[Report on the health of British troops in the Madras command]
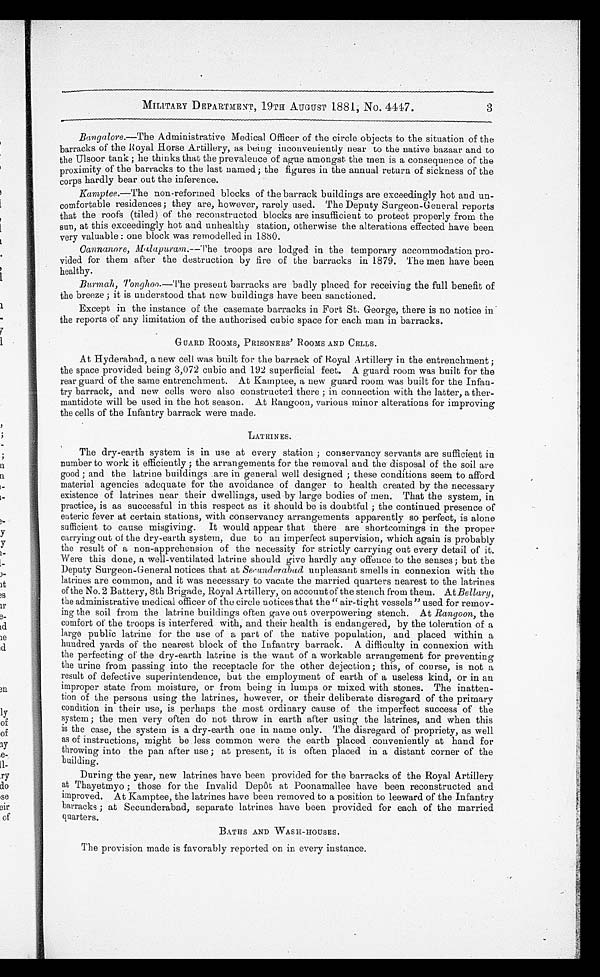
MILITARY DEPARTMENT, 19TH AUGUST 1881, No. 4447.
3
Bangalore. —The Administrative Medical Officer of the circle objects to the situation of the
barracks of the Royal Horse Artillery, as being inconveniently near to the native bazaar and to
the Ulsoor tank ; he thinks that the prevalence of ague amongst the men is a consequence of the
proximity of the barracks to the last named ; the figures in the annual return of sickness of the
corps hardly bear out the inference.
Kamptee. —The non-reformed blocks of the barrack buildings are exceedingly hot and un
-comfortable residences ; they are, however, rarely used. The Deputy Surgeon-General reports
that the roofs (tiled) of the reconstructed blocks are insufficient to protect properly from the
sun, at this exceedingly hot and unhealthy station, otherwise the alterations effected have been
very valuable : one block was remodelled in 1880.
Cannanore, Malaparam. —The troops are lodged in the temporary accommodation pro
-vided for them after the destruction by fire of the barracks in 1879. The men have been
healthy.
Burmah, Tonghoo.— T h e
p r e s e n t b a r r a c k s a r e b a d l y p l a c e d f o r r e c e i v i n g t h e f u l l b e n e f i t o f
the breeze ; it is understood that new buildings have been sanctioned.
Except in the instance of the casemate barracks in Fort St. George, there is no notice in
the reports of any limitation of the authorised cubic space for each man in barracks.
GUARD ROOMS, PRISONERS’ ROOMS AND CELLS.
At Hyderabad, a new cell was built for the barrack of Royal Artillery in the entrenchment ;
the space provided being 3,072 cubic and 192 superficial feet. A guard room was built for the
rear guard of the same entrenchment. At Kamptee, a new guard room was built for the Infan
-try barrack, and new cells were also constructed there ; in connection with the latter, a ther
-mantidote will be used in the hot season. At Rangoon, various minor alterations for improving
the cells of the Infantry barrack were made.
LATRINES.
The dry-earth system is in use at every station ; conservancy servants are sufficient in
number to work it efficiently ; the arrangements for the removal and the disposal of the soil are
good ; and the latrine buildings are in general well designed ; these conditions seem to afford
material agencies adequate for the avoidance of danger to health created by the necessary
existence of latrines near their dwellings, used by large bodies of men. That the system, in
practice, is as successful in this respect as it should be is doubtful ; the continued presence of
enteric fever at certain stations, with conservancy arrangements apparently so perfect, is alone
sufficient to cause misgiving. It would appear that there are shortcomings in the proper
carrying out of the dry-earth system, due to au imperfect supervision, which again is probably
the result of a non-apprehension of the necessity for strictly carrying out every detail of it.
Were this done, a well-ventilated latrine should give hardly any offence to the senses; but the
Deputy Surgeon-General notices that at Secunderabad unpleasant smells in connexion with the
latrines are common, and it was necessary to vacate the married quarters nearest to the latrines
of the No. 2 Battery, 8th Brigade, Royal Artillery, on account of the stench from them. At Bellary,
the administrative medical officer of the circle notices that the “ air-tight vessels ” used for remov
-ing the soil from the latrine buildings often gave out overpowering stench. At Rangoon, the
comfort of the troops is interfered with, and their health is endangered, by the toleration of a
large public latrine for the use of a part of the native population, and placed within a
hundred yards of the nearest block of the Infantry barrack. A difficulty in connexion with
the perfecting of the dry-earth latrine is the want of a workable arrangement for preventing
the urine from passing into the receptacle for the other dejection; this, of course, is not a
result of defective superintendence, but the employment of earth of a useless kind, or in an
improper state from moisture, or from being in lumps or mixed with stones. The inatten
-tion of the persons using the latrines, however, or their deliberate disregard of the primary
condition in their use, is perhaps the most ordinary cause of the imperfect success of the
system ; the men very often do not throw in earth after using the latrines, and when this
is the case, the system is a dry-earth one in name only. The disregard of propriety, as well
as of instructions, might be less common were the earth placed conveniently at hand for
throwing into the pan after use ; at present, it is often placed in a distant corner of the
building.
During the year, new latrines have been provided for the barracks of the Royal Artillery
at Thayetmyo ; those for the Invalid Depôt at Poonamallee have been reconstructed and
improved. At Kamptee, the latrines have been removed to a position to leeward of the Infantry
barracks ; at Secunderabad, separate latrines have been provided for each of the married
quarters.
BATHS AND WASH-HOUSES.
The provision made is favorably reported on in every instance.